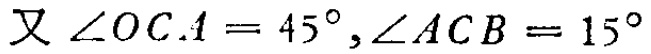
又 \(\angle OCA = 45^{\circ},\angle ACB = 15^{\circ}\)